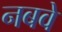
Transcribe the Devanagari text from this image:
नबवे